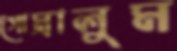
গোম্‌রালুম